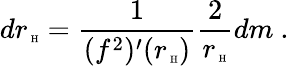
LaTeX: dr_{\mathrm{\tiny~H}}=\frac{1}{(f^{2})^{\prime}(r_{\mathrm{\tiny~H}})}\frac{2}{r_{\mathrm{\tiny~H}}}dm\ .